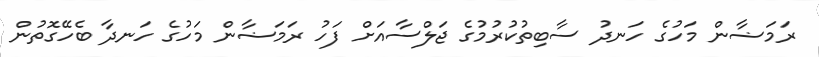
ރަމަޟާން މަހުގެ ހަނދު ސާބިތުކުރުމުގެ ޖަލްސާއަށް ފަހު ރަމަޟާން މަހުގެ ހަނދާ ބެހޭގޮތުން